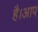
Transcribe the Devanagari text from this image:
है।आप